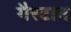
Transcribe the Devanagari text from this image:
गैस्टान